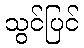
သွင်ပြင်